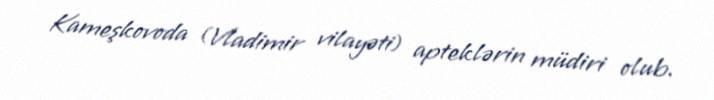
Kameşkovoda (Vladimir vilayəti) apteklərin müdiri olub.